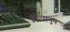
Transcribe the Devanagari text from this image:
इंद्रधानुष